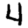
Digit: 4